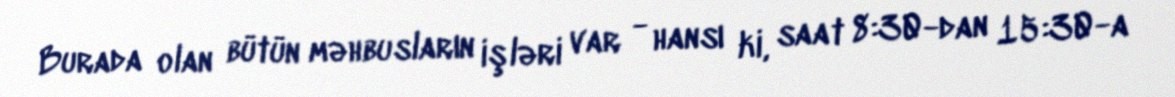
Burada olan bütün məhbusların işləri var - hansı ki, saat 8:30-dan 15:30-a